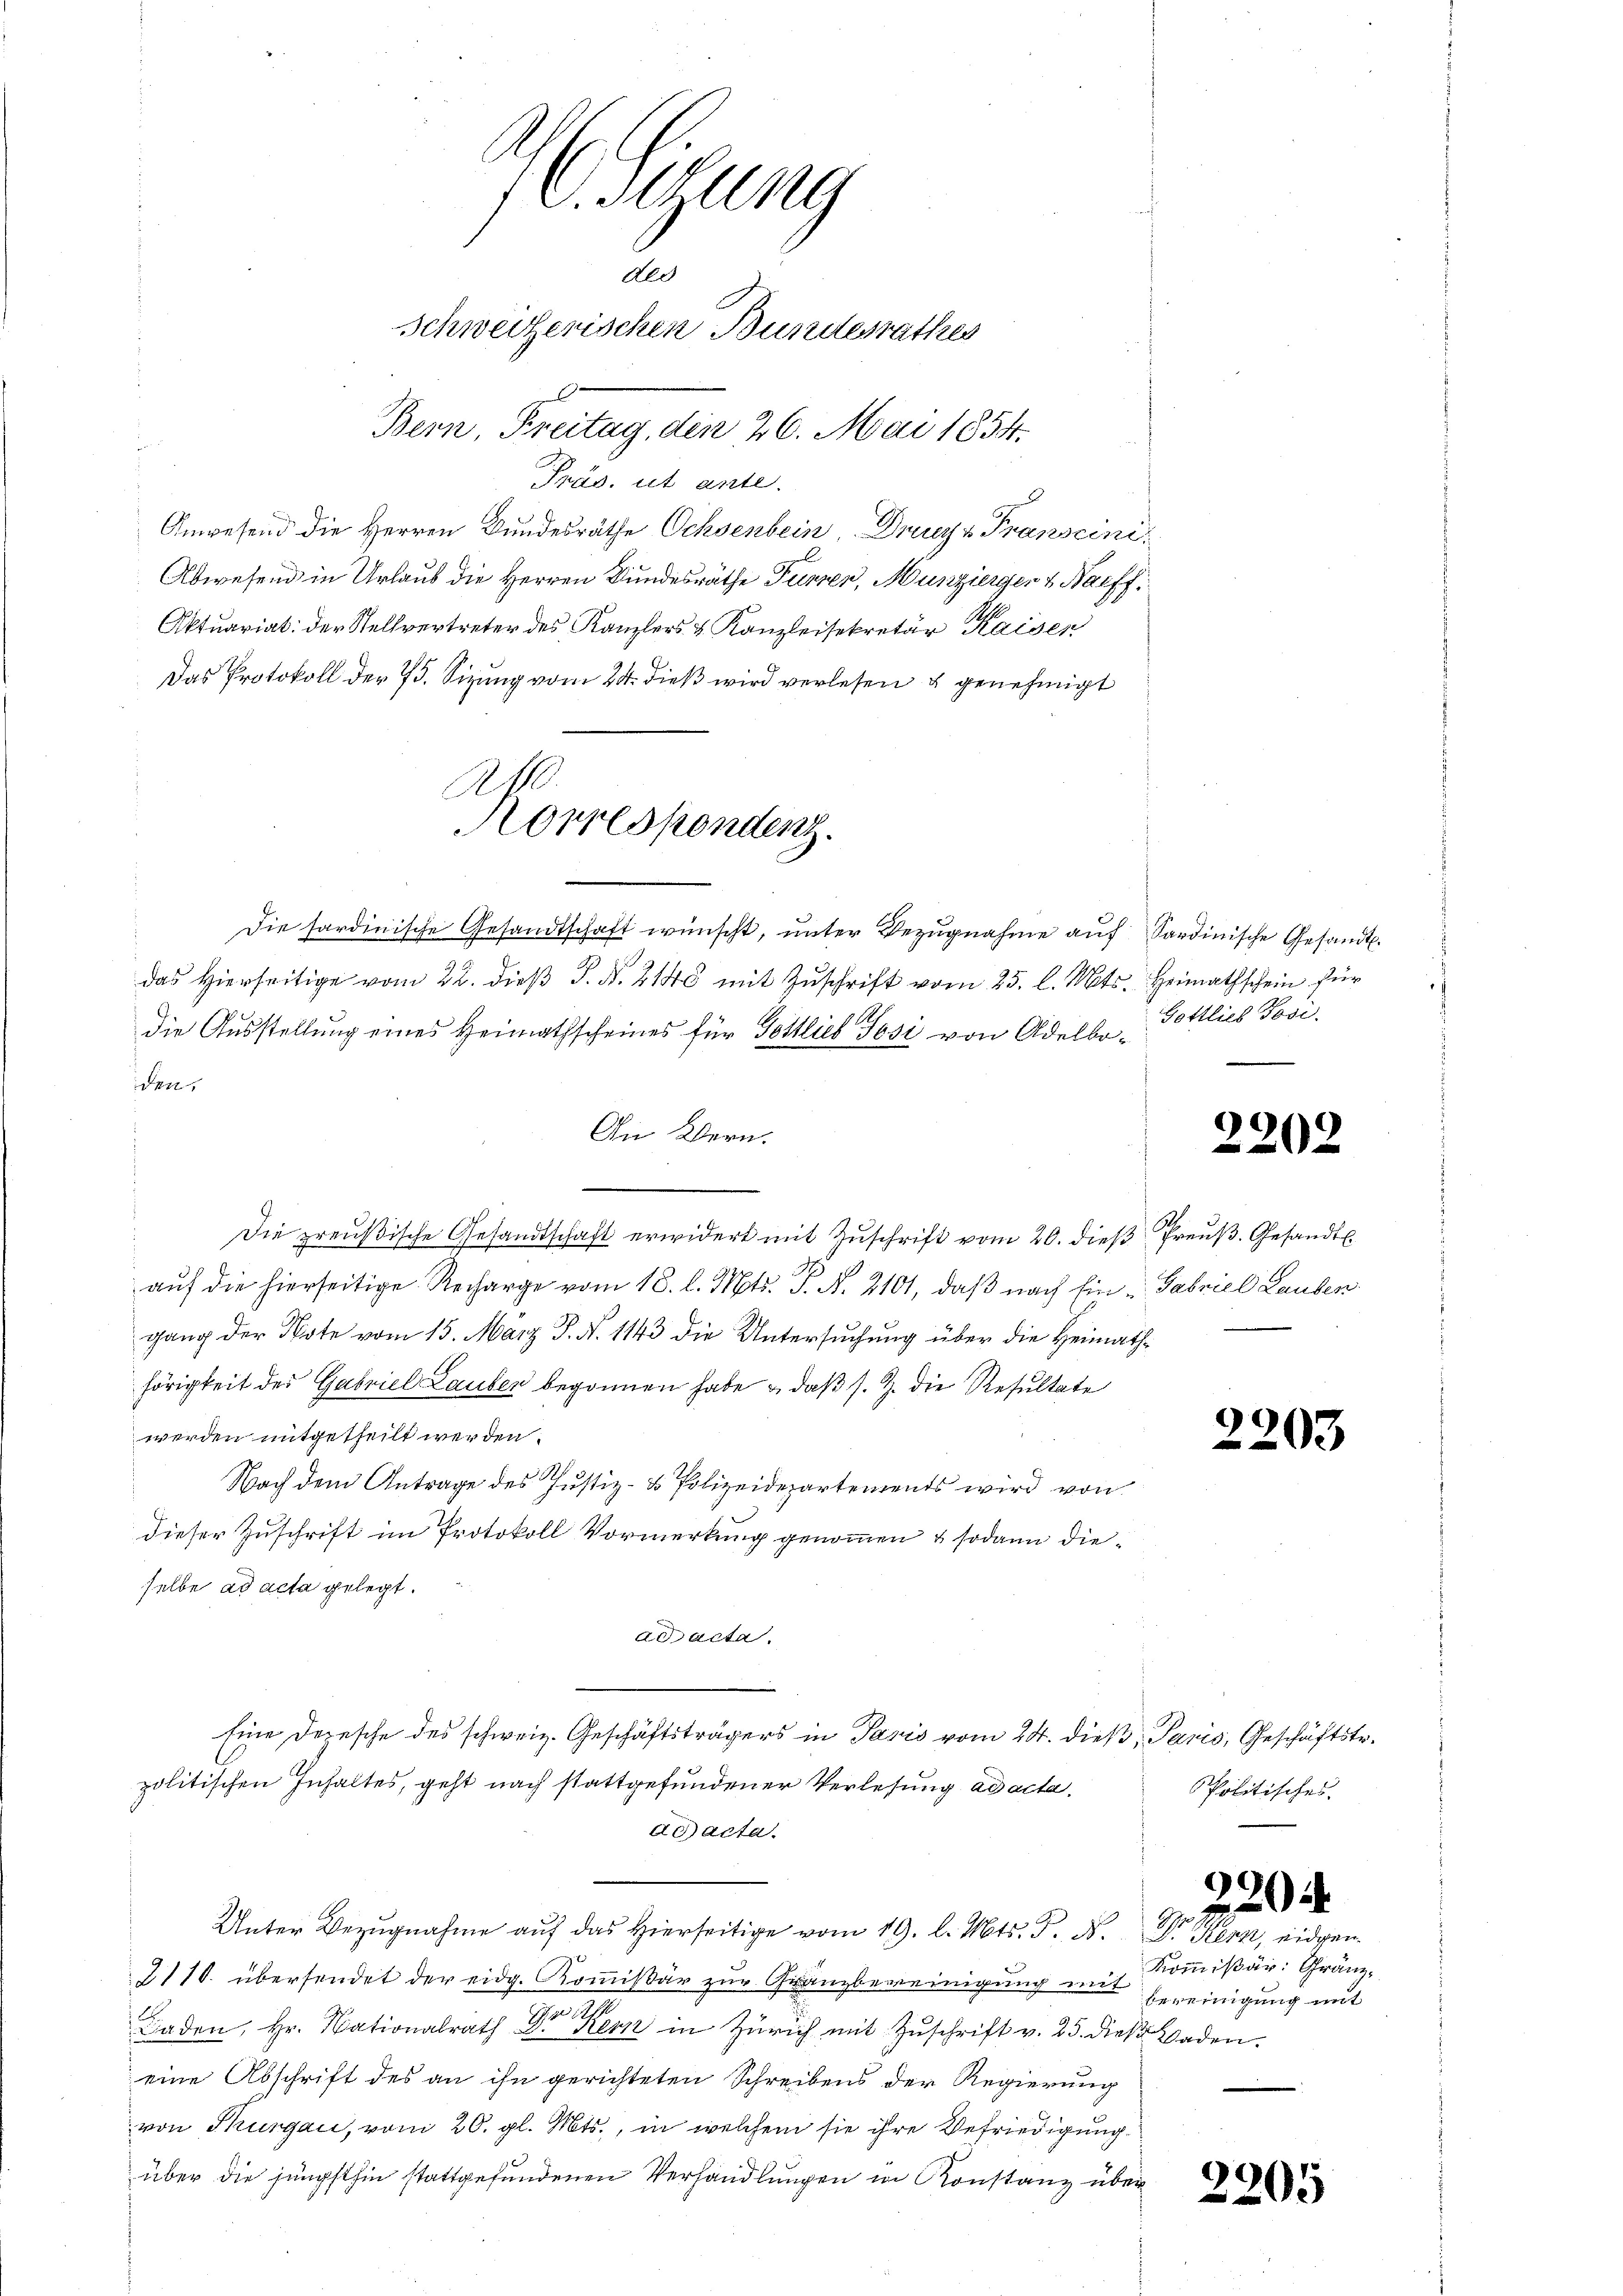
C.Ottung
ded
Schweizerischen Bundesrathes
Bern, Freitag, den 26. Mai 1854.

¬
Präs. ut ante.
Anwesend die Herren Bundesräthe Ochsenbein, Drunz v. Franscini¬
Abwesend in Urlaub die Herren Bundesräthe Furrer, Munzierger & Harff.
Aktuariat: der Stellvertreter des Kanzlers & Kanzleisekretär Kaisen
Das Protokoll der 75. Sizung vom 24. dieß wird verlesen u genehmigt
Die sardinische Gesandtschaft wünscht, unter Bezugnahme auf Sardinische Gesandt.
das hierseitige vom 22. dieβ J. N. 2140 mit Zŭschrift vom 25. l. Mts. Heimathschein für
die Ausstellung eines Heimathscheines für Gottlich Posi von Adelboiden
An Wern.
Die preußische Gesandtschaft erwidert mit Zŭschrift vom 20. dieβ Preuß. Gesandt
aŭf die hierseitige Recharge vom 18. l. Mts. T. N. 2101, daβ nach Ein Gabriel Lauben.
gang der Note vom 15. März P. N. 1143 die Untersuchung über die Heimathhörigkeit der Gabriel Lauber begonnen habe & daß s. Z. die Resultate
werden mitgetheilt werden.
Nach dem Antrage des Justiz- & Polizeidepartements wird von
dieser Zuschrift im Protokoll Vormerkung genommen & sodann dieselbe ad acta gelegt.
ad acta.
Eine Depesche des schweiz. Geschäftsträgers in Paris vom 24. dieß, Paris, Geschäftstr.
politischen Inhaltes, geht nach stattgefundener Verlesung ad acta.
ad acta.
Unter Bezŭgnahme aŭf das hierseitige vom 19. l. Mts. P. F. In eidgen.
2110. übersendet der eidg. Kommißär zur Gränzbereinigung mit bereinigung mit
Baden, Hr. Nationalrath Dr Kern in Zürich mit Zuschrift v. 25. dieß Baden.
eine Abschrift des an ihn gerichteten Schreibens der Regierung
von Thurgau, vom 20. gl. Mts., in welchem sie ihre Befriedigung
über die jüngsthin stattgefundenen Verhandlungen in Konstanz über

A
Horrespondenz

Gottlieb Tose.

2202

2203

Politisches.

Kommißär: Gränz¬

220

2205